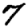
Digit: 7